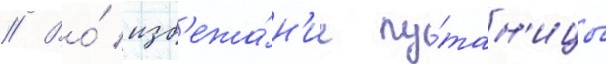
// Во́ изб'ежа́н'ие пу́тан'ицы